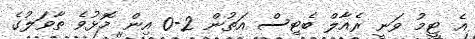
އެ ޓީމު ވަނީ ރެއާލް ބެޓިސް އަތުން 2-0 އިން މޮޅުވެ ތާވަލުގެ